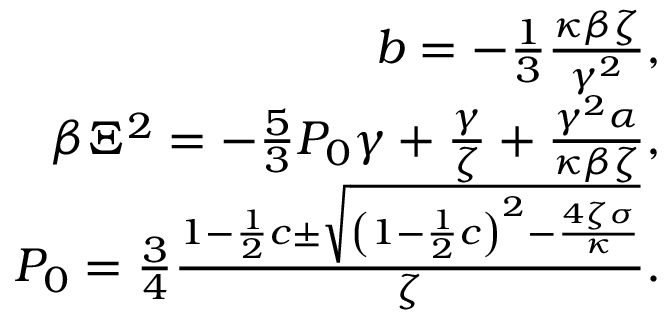
\begin{array} { r } { b = - \frac { 1 } { 3 } \frac { \kappa \beta \zeta } { \gamma ^ { 2 } } , } \\ { \beta \Xi ^ { 2 } = - \frac { 5 } { 3 } P _ { 0 } \gamma + \frac { \gamma } { \zeta } + \frac { \gamma ^ { 2 } \alpha } { \kappa \beta \zeta } , } \\ { P _ { 0 } = \frac { 3 } { 4 } \frac { 1 - \frac { 1 } { 2 } c \pm \sqrt { \left( 1 - \frac { 1 } { 2 } c \right) ^ { 2 } - \frac { 4 \zeta \sigma } { \kappa } } } { \zeta } . } \end{array}